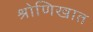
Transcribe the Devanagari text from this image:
श्रोणिखात